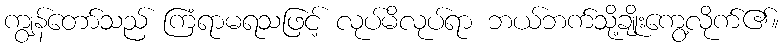
ကျွန်တော်သည် ကြံရာမရသဖြင့် လုပ်မိလုပ်ရာ ဘယ်ဘက်သို့ချိုးကွေ့လိုက်၏။